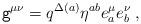
LaTeX: \begin{align*}{\tt g}^{\mu \nu}= q^{\Delta(a)} \eta^{ab} e^{\mu}_a e^{\nu}_b \;,\end{align*}